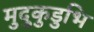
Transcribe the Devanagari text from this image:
मुदुकुडुभि